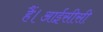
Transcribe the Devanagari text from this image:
हैं।आईसीसी